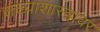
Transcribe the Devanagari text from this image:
संख्याशास्त्रावर